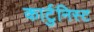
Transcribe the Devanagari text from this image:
कार्टुनिस्ट